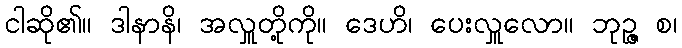
ငါဆို၏။ ဒါနာနိ၊ အလှူတို့ကို။ ဒေဟိ၊ ပေးလှူလော။ ဘုဉ္ဇ စ၊